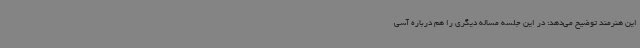
این هنرمند توضیح می‌دهد: در این جلسه مساله دیگری را هم درباره آسی